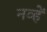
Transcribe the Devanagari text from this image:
नव्हें